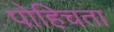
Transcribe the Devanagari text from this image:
पोहिचता